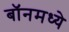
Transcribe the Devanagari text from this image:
बॉनमध्ये